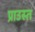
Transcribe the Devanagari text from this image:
प्राउस्त